Leaving Certificate Examination, 1917, 1917
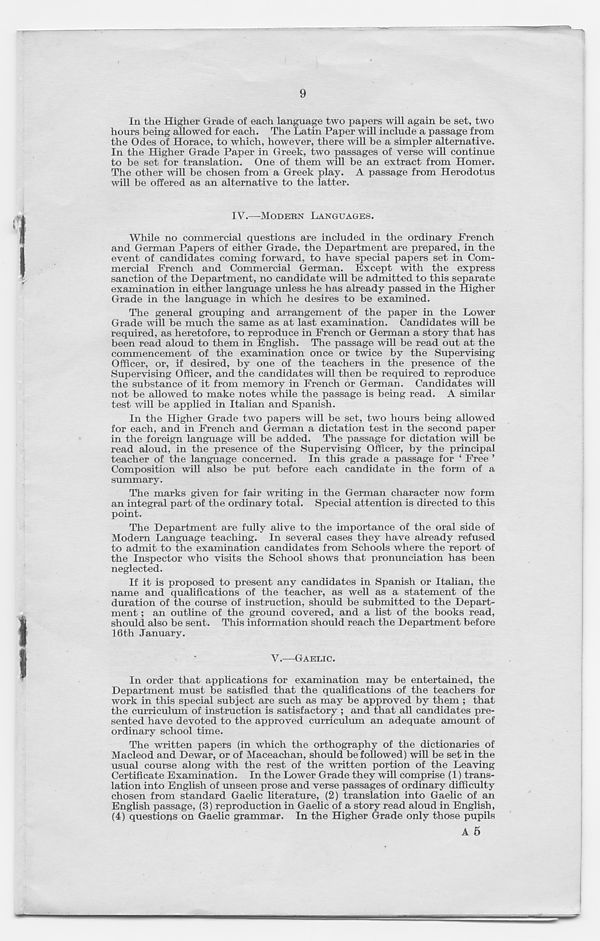
9
In the Higher Grade of each language two papers will again be set, two
hours being allowed for each. The Latin Paper will include a passage from
the Odes of Horace, to which, however, there will be a simpler alternative.
In the Higher Grade Paper in Greek, two passages of verse will continue
to be set for translation. One of them will be an extract from Homer.
The other will be chosen from a Greek play. A passage from Herodotus
will be offered as an alternative to the latter.
IV.—MODERN LANGUAGES.
While no commercial questions are included in the ordinary French
and German Papers of either Grade, the Department are prepared, in the
event of candidates coming forward, to have special papers set in Com-
mercial French and Commercial German. Except with the express
sanction of the Department, no candidate will be admitted to this separate
examination in either language unless he has already passed in the Higher
Grade in the language in which he desires to be examined.
The general grouping and arrangement of the paper in the Lower
Grade will be much the same as at last examination. Candidates will be
required, as heretofore, to reproduce in French or German a story that has
been read aloud to them in English. The passage will be read out at the
commencement of the examination once or twice by the Supervising-
Officer, or, if desired, by one of the teachers in the presence of the
Supervising Officer, and the candidates will then be required to reproduce
the substance of it from memory in French or German. Candidates will
not be allowed to make notes while the passage is being read. A similar
test will be applied in Italian and Spanish.
In the Higher Grade two papers will be set, two hours being allowed
for each, and in French and German a dictation test in the second paper
in the foreign language will be added. The passage for dictation will be
read aloud, in the presence of the Supervising Officer, by the principal
teacher of the language concerned. In this grade a passage for 1 Free ’
Composition will also be put before each candidate in the form of a
summary.
The marks given for fair writing in the German character now form
an integral part of the ordinary total. Special attention is directed to this
point.
The Department are fully alive to the importance of the oral side of
Modern Language teaching. In several cases they have already refused
to admit to the examination candidates from Schools where the report of
the Inspector who visits the School shows that pronunciation has been
neglected.
If it is proposed to present any candidates in Spanish or Italian, the
name and qualifications of the teacher, as well as a statement of the
duration of the course of instruction, should be submitted to the Depart-
ment ; an outline of the ground covered, and a list of the books read,
should also be sent. This information should reach the Department before
16th January.
V.—GAELIC.
In order that applications for examination may be entertained, the
Department must be satisfied that the qualifications of the teachers for
work in this special subject are such as may be approved by them ; that
the curriculum of instruction is satisfactory ; and that all candidates pre-
sented have devoted to the approved curriculum an adequate amount of
ordinary school time.
The written papers (in which the orthography of the dictionaries of
Macleod and Dewar, or of Maceachan, should be followed) will be set in the
usual course along with the rest of the written portion of the Leaving
Certificate Examination. In the Lower Grade they will comprise (1) trans-
lation into English of unseen prose and verse passages of ordinary difficulty
chosen from standard Gaelic literature, (2) translation into Gaelic of an
English passage, (3) reproduction in Gaelic of a story read aloud in English,
(4) questions on Gaelic grammar. In the Higher Grade only those pupils
A 5